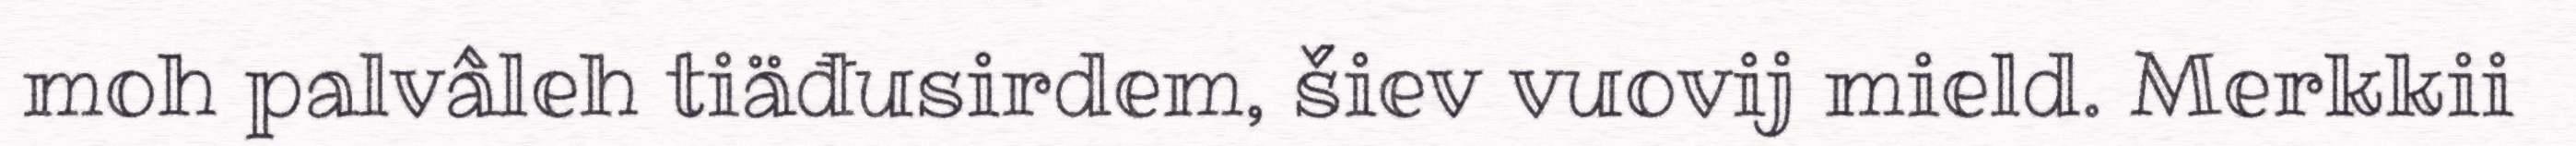
moh palvâleh tiäđusirdem, šiev vuovij mield. Merkkii